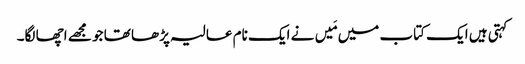
کہتی ہیں ایک کتاب میں مَیں نے ایک نام عالیہ پڑھا تھا جو مجھے اچھا لگا۔